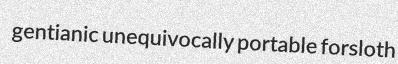
gentianic unequivocally portable forsloth